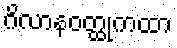
ဂိလာနဝတ္ထုကထာ